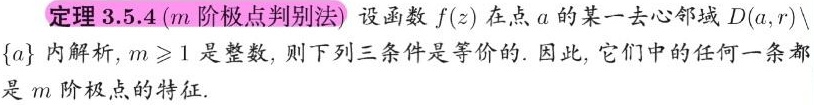
定理 3.5.4 ($m$ 阶极点判别法) 设函数 $f(z)$ 在点 $a$ 的某一去心邻域 $D(a,r)\setminus\{a\}$ 内解析, $m\geqslant 1$ 是整数, 则下列三条件是等价的. 因此, 它们中的任何一条都是 $m$ 阶极点的特征.